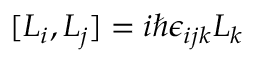
[ L _ { i } , L _ { j } ] = i \hbar { \epsilon _ { i j k } } L _ { k }